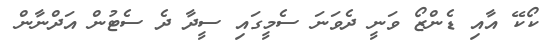
ކޯކޭ އާއި ޑެންޒޯ ވަނީ ދެވަނަ ސެމީގައި ސީދާ ދެ ސެޓުން އަދްނާން